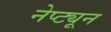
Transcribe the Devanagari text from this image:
नेप्ट्यून